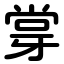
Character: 牚